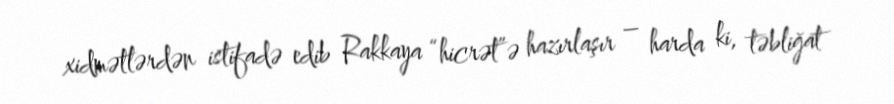
xidmətlərdən istifadə edib Rakkaya “hicrət”ə hazırlaşır – harda ki, təbliğat